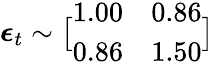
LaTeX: \boldsymbol{\epsilon}_{t}\sim\bigl[\begin{array}{ll}{1.00}&{0.86}\\ {0.86}&{1.50}\end{array}\bigr]